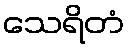
သေရိတံ